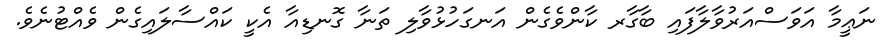
ނަޢީމާ އަވަސްއަރުވާލާފައި ބާގާރ ކާންވެގެން އަނގަހުޅުވާލި ތަނާ ގޮނޑިއާ އެކީ ކައްސާލައިގެން ވެއްޓުނެވެ.